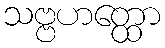
သဗ္ဗဟတ္ထော